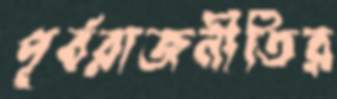
পূর্বরাজনীতির